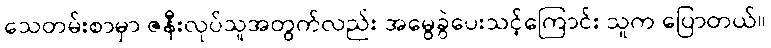
သေတမ်းစာမှာ ဇနီးလုပ်သူအတွက်လည်း အမွေခွဲပေးသင့်ကြောင်း သူက ပြောတယ်။